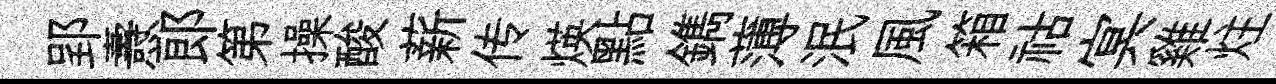
郢燾郎第操酸薪传煐點鐫薄泯風箱祜㝠雞炷